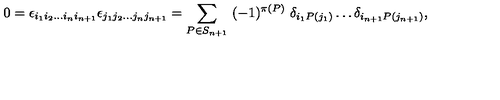
0 = \epsilon _ { i _ { 1 } i _ { 2 } \dots i _ { n } i _ { n + 1 } } \epsilon _ { j _ { 1 } j _ { 2 } \dots j _ { n } j _ { n + 1 } } = \sum _ { P \in S _ { n + 1 } } \ ( - 1 ) ^ { \pi ( P ) } \ \delta _ { i _ { 1 } P ( j _ { 1 } ) } \dots \delta _ { i _ { n + 1 } P ( j _ { n + 1 } ) } ,